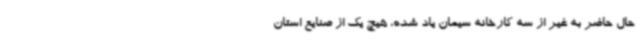
حال حاضر به غیر از سه کارخانه سیمان یاد شده، هیچ یک از صنایع استان